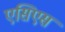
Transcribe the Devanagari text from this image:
एसिएस